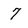
Character: 7